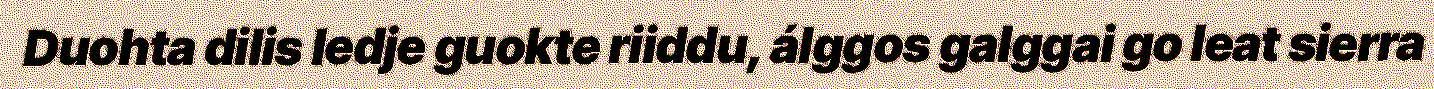
Duohta dilis ledje guokte riiddu, álggos galggai go leat sierra